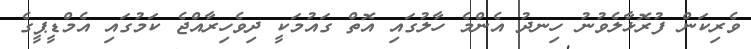
ވެރިކަން ފުރޮޅާލެވުނު ހިނދު އެންމެ ހާލުގައި އޮތް ގައުމަކީ ދިވެހިރާއްޖެ ކަމުގައި އެމްޑީޕީގެ